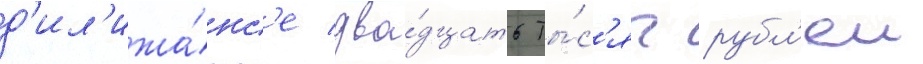
д'ил'ижа́нс'е два́дцать ты́с'яч рубл'еи